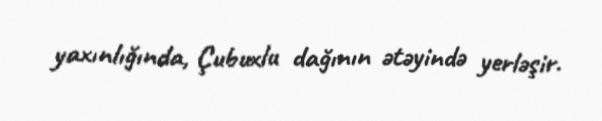
yaxınlığında, Çubuxlu dağının ətəyində yerləşir.